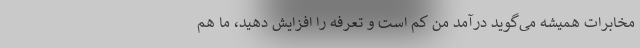
مخابرات همیشه می‌گوید درآمد من کم است و تعرفه را افزایش دهید، ما هم